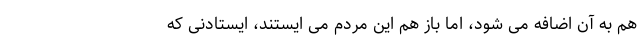
هم به آن اضافه می شود، اما باز هم این مردم می ایستند، ایستادنی که